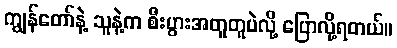
ကျွန်တော်နဲ့ သူနဲ့က စီးပွားအတူတူပဲလို့ ပြောလို့ရတယ်။